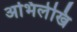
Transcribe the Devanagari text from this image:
अभिलेखि